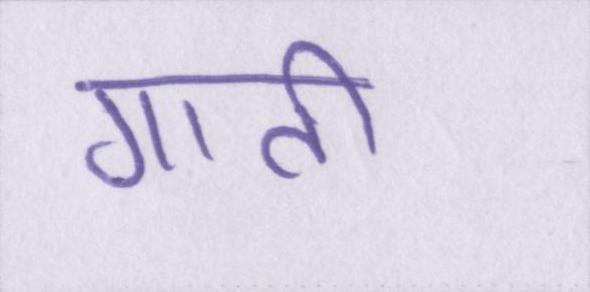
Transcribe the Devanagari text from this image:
गाती